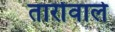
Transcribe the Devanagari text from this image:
तारोंवाले